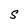
Character: S